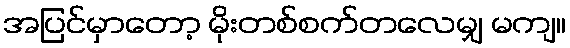
အပြင်မှာတော့ မိုးတစ်စက်တလေမျှ မကျ။